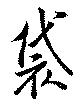
袋